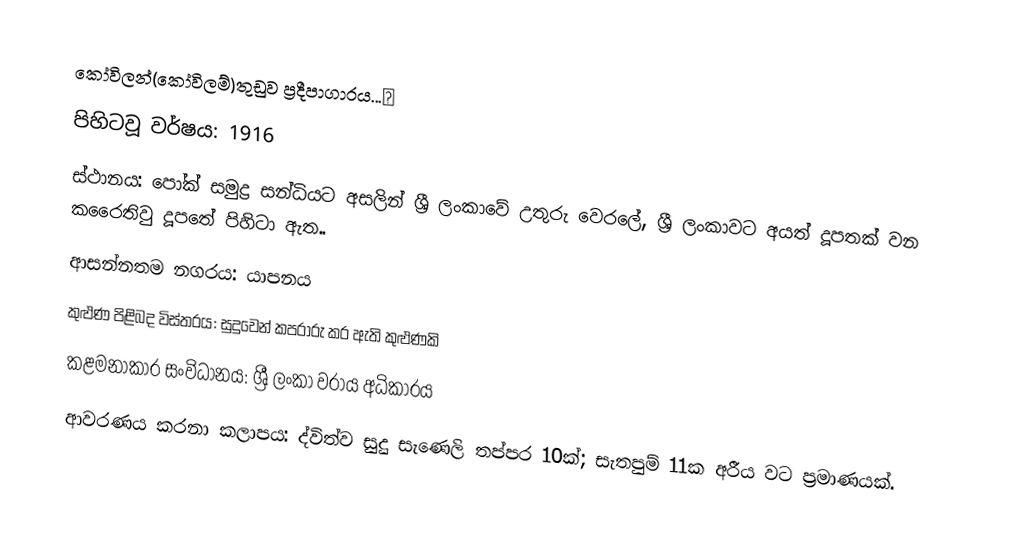
කෝවිලන්(කෝවිලම්)තුඩුව ප්‍රදීපාගාරය...✍️
පිහිටවූ වර්ෂය: 1916
ස්ථානය: පෝක් සමුද්‍ර සන්ධියට අසලින් ශ්‍රී ලංකාවේ උතුරු වෙරලේ, ශ්‍රී ලංකාවට අයත් දූපතක් වන කරෛතිවු දූපතේ පිහිටා ඇත..
ආසන්නතම නගරය: යාපනය
කුළුණ පිළිබද විස්තරය: සුදුවෙන් කපරාරු කර ඇති කුළුණකි
කළමනාකාර සංවිධානය: ශ්‍රී ලංකා වරාය අධිකාරය
ආවරණය කරනා කලාපය: ද්විත්ව සුදු සැණෙලි තප්පර 10ක්; සැතපුම් 11ක අරීය වට ප්‍රමාණයක්.